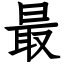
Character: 最